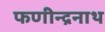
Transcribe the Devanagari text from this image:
फणीन्द्रनाथ